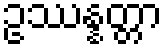
ဥဿန္နတ္တာ